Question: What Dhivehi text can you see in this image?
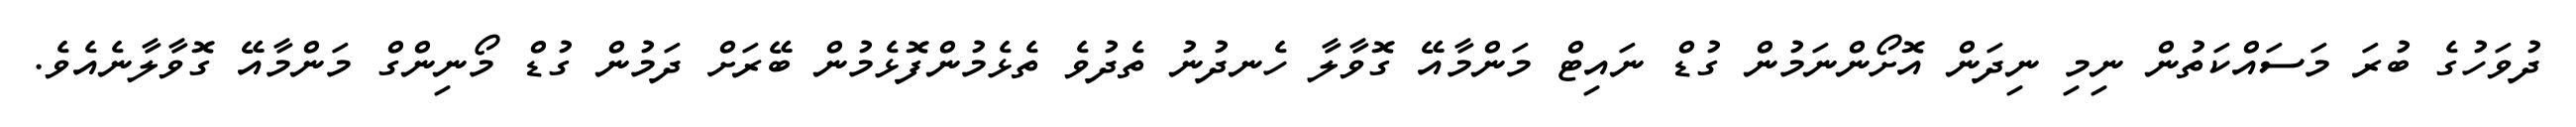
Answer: ދުވަހުގެ ބުރަ މަސައްކަތުން ނިމި ނިދަން އޮށޯންނަމުން ގުޑް ނައިޓް މަންމާއޭ ގޮވާލާ ހެނދުނު ތެދުވެ ތެޅެމުންފޮޅެމުން ބޭރަށް ދަމުން ގުޑް މޯނިންގް މަންމާއޭ ގޮވާލާނެއެވެ.